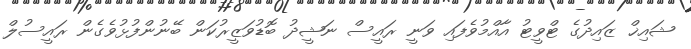
ޝައިޚް ޒައިދުގެ ޓްވީޓު އާއްމުވެފައި ވަނީ ރައީސް ނަޝީދު ބޮޑުވަޒީރުކަން ބޭނުންފުޅުވެގެން ރައީސުލް